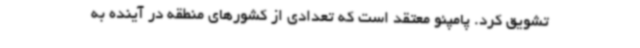
تشویق کرد. پامپئو معتقد است که تعدادی از کشورهای منطقه در آینده به